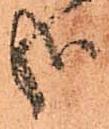
哉